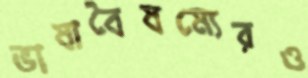
ভাষাবৈষম্যেরও